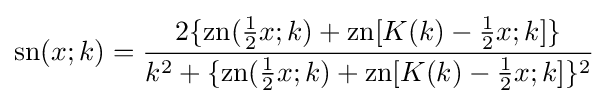
\operatorname {sn} (x;k)={\frac {2\{\operatorname {zn} ({\tfrac {1}{2}}x;k)+\operatorname {zn} [K(k)-{\tfrac {1}{2}}x;k]\}}{k^{2}+\{\operatorname {zn} ({\tfrac {1}{2}}x;k)+\operatorname {zn} [K(k)-{\tfrac {1}{2}}x;k]\}^{2}}}